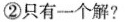
②只有一个解?